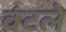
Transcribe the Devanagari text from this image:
वटले